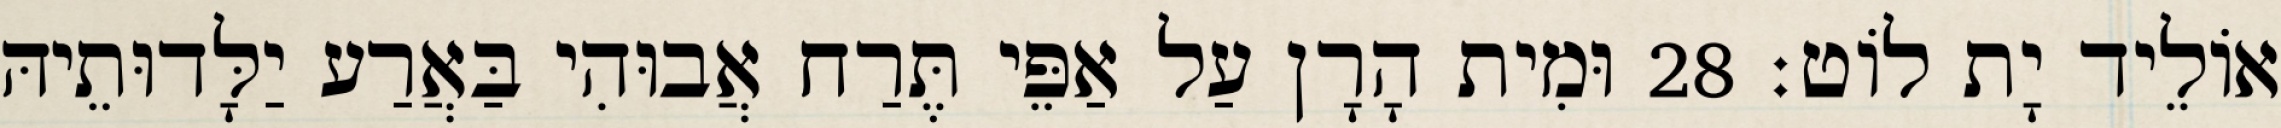
אוֹלֵיד יָת לוֹט׃ 28 וּמִית הָרָן עַל אַפֵּי תֶּרַח אֲבוּהִי בַּאֲרַע יַלָּדוּתֵיהּ